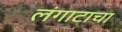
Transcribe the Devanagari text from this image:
लंगाटाचा